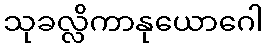
သုခလ္လိကာနုယောဂေါ